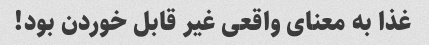
غذا به معنای واقعی غیر قابل خوردن بود!